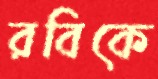
রবিকে